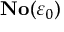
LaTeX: \mathbf { N o } ( \varepsilon _ { 0 } )